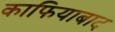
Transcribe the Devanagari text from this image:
काफियाबाद